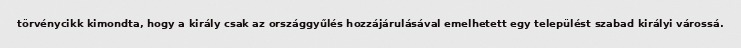
törvénycikk kimondta, hogy a király csak az országgyűlés hozzájárulásával emelhetett egy települést szabad királyi várossá.